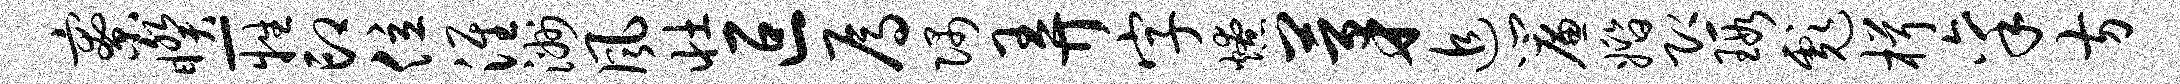
寮睽-牲印位淮洲风壮叵焉隅弄字燎茅追帘婚即瑕彪楫禀方